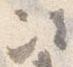
次